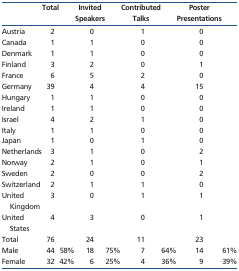
<table><thead><tr><td></td><td><b>Total</b></td><td></td><td><b>Invited Speakers</b></td><td></td><td><b>Contributed Talks</b></td><td></td><td><b>Poster Presentations</b></td><td></td></tr></thead><tbody><tr><td>Austria</td><td>2</td><td></td><td>0</td><td></td><td>1</td><td></td><td>0</td><td></td></tr><tr><td>Canada</td><td>1</td><td></td><td>1</td><td></td><td>0</td><td></td><td>0</td><td></td></tr><tr><td>Denmark</td><td>1</td><td></td><td>1</td><td></td><td>0</td><td></td><td>0</td><td></td></tr><tr><td>Finland</td><td>3</td><td></td><td>2</td><td></td><td>0</td><td></td><td>1</td><td></td></tr><tr><td>France</td><td>6</td><td></td><td>5</td><td></td><td>2</td><td></td><td>0</td><td></td></tr><tr><td>Germany</td><td>39</td><td></td><td>4</td><td></td><td>4</td><td></td><td>15</td><td></td></tr><tr><td>Hungary</td><td>1</td><td></td><td>1</td><td></td><td>0</td><td></td><td>0</td><td></td></tr><tr><td>Ireland</td><td>1</td><td></td><td>1</td><td></td><td>0</td><td></td><td>0</td><td></td></tr><tr><td>Israel</td><td>4</td><td></td><td>2</td><td></td><td>1</td><td></td><td>0</td><td></td></tr><tr><td>Italy</td><td>1</td><td></td><td>1</td><td></td><td>0</td><td></td><td>0</td><td></td></tr><tr><td>Japan</td><td>1</td><td></td><td>0</td><td></td><td>1</td><td></td><td>0</td><td></td></tr><tr><td>Netherlands</td><td>3</td><td></td><td>1</td><td></td><td>0</td><td></td><td>2</td><td></td></tr><tr><td>Norway</td><td>2</td><td></td><td>1</td><td></td><td>0</td><td></td><td>1</td><td></td></tr><tr><td>Sweden</td><td>2</td><td></td><td>0</td><td></td><td>0</td><td></td><td>2</td><td></td></tr><tr><td>Switzerland</td><td>2</td><td></td><td>1</td><td></td><td>1</td><td></td><td>0</td><td></td></tr><tr><td>United Kingdom</td><td>3</td><td></td><td>0</td><td></td><td>1</td><td></td><td>1</td><td></td></tr><tr><td>United States</td><td>4</td><td></td><td>3</td><td></td><td>0</td><td></td><td>1</td><td></td></tr><tr><td>Total</td><td>76</td><td></td><td>24</td><td></td><td>11</td><td></td><td>23</td><td></td></tr><tr><td>Male</td><td>44</td><td>58%</td><td>18</td><td>75%</td><td>7</td><td>64%</td><td>14</td><td>61%</td></tr><tr><td>Female</td><td>32</td><td>42%</td><td>6</td><td>25%</td><td>4</td><td>36%</td><td>9</td><td>39%</td></tr></tbody></table>